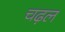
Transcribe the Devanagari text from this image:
चढ़ल